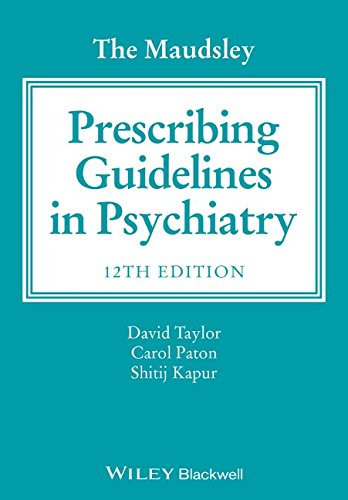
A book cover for The Maudsley Prescribing Guidelines in Psychiatry; David Taylor; Medical Books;